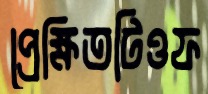
প্রেক্ষিতটিওফ